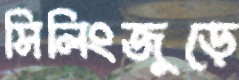
সিলিংজুড়ে